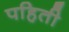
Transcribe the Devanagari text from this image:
पहिती